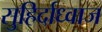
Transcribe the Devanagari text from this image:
सुहिर्दाध्वाज